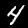
Digit: 4